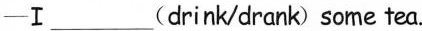
—I ___(drink/drank) some tea.